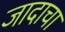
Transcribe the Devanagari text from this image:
जादाचा